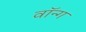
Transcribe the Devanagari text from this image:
वॉन्ग